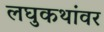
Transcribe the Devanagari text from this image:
लघुकथांवर